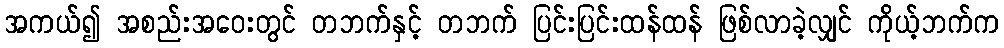
အကယ်၍ အစည်းအဝေးတွင် တဘက်နှင့် တဘက် ပြင်းပြင်းထန်ထန် ဖြစ်လာခဲ့လျှင် ကိုယ့်ဘက်က